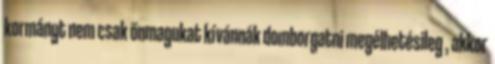
kormányt nem csak önmagukat kívánnák domborgatni megélhetésileg , akkor